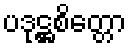
ပဒုဋ္ဌစိတ္တော